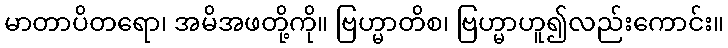
မာတာပိတရော၊ အမိအဖတို့ကို။ ဗြဟ္မာတိစ၊ ဗြဟ္မာဟူ၍လည်းကောင်း။